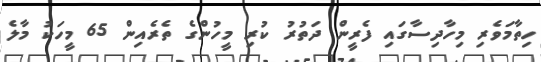
ހިތާމަވެރި މިހާދިސާގައި ފެރީން ދަތުރު ކުރި މީހުންގެ ތެރެއިން 65 މީހަކު މާލެ